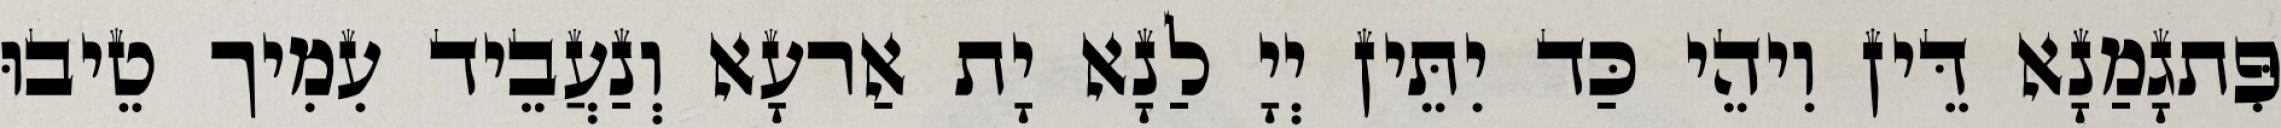
פִּתגָמַנָא דֵּין וִיהֵי כַּד יִתֵּין יְיָ לַנָא יָת אַרעָא וְנַעֲבֵיד עִמִיך טֵיבוּ